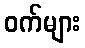
ဝက်များ